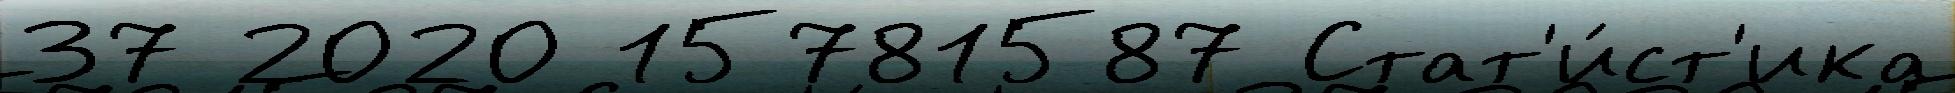
37 2020 15781587 Стат'и́ст'ика